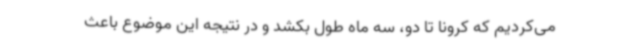
می‌کردیم که کرونا تا دو، سه ماه طول بکشد و در نتیجه این موضوع باعث